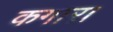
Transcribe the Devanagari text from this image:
कगार।